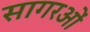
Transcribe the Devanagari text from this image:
सागरओं